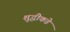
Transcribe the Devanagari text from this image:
शुद्धीकडे